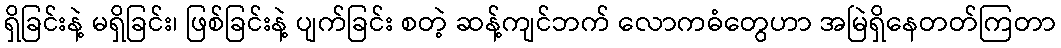
ရှိခြင်းနဲ့ မရှိခြင်း၊ ဖြစ်ခြင်းနဲ့ ပျက်ခြင်း စတဲ့ ဆန့်ကျင်ဘက် လောကဓံတွေဟာ အမြဲရှိနေတတ်ကြတာ